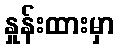
နှုန်းထားမှာ